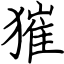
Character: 獕